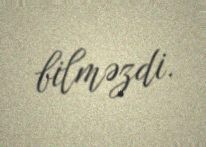
bilməzdi.